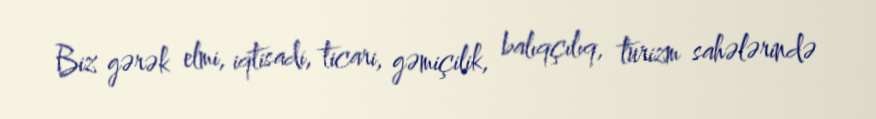
Biz gərək elmi, iqtisadi, ticari, gəmiçilik, balıqçılıq, turizm sahələrində